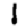
Digit: 1